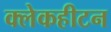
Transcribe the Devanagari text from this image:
क्लेकहीटन